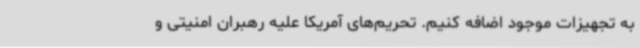
به تجهیزات موجود اضافه کنیم. تحریم‌های آمریکا علیه رهبران امنیتی و